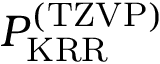
P _ { \mathrm { K R R } } ^ { \mathrm { ( T Z V P ) } }